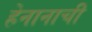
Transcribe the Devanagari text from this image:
हेनानाची